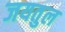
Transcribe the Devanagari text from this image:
जयतुल